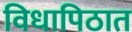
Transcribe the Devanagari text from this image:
विधापिठात